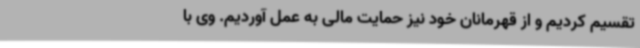
تقسیم کردیم و از قهرمانان خود نیز حمایت مالی به عمل آوردیم. وی با